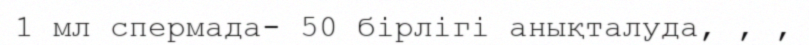
1 мл спермада- 50 бірлігі анықталуда, , ,